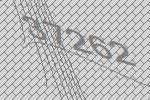
37262